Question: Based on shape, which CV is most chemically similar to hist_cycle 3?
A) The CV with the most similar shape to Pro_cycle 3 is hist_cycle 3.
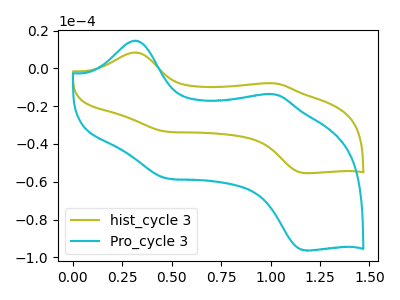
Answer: <think>The olive curve "hist_cycle 3" has anodic peaks at (0.30V, 8.45uA) (1.00V, -7.90uA) and cathodic peaks at (0.45V, -33.40uA) (1.15V, -55.45uA). The cyan curve "Pro_cycle 3" has anodic peaks at (0.30V, 14.70uA) (1.00V, -13.70uA) and cathodic peaks at (0.45V, -58.10uA) (1.15V, -96.35uA).
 All the peaks in "hist_cycle 3" have a peak in "Pro_cycle 3" at the same potential.</think>
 <answer>A) The CV with the most similar shape to "Pro_cycle 3" is "hist_cycle 3".</answer>
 <eval>A</eval>